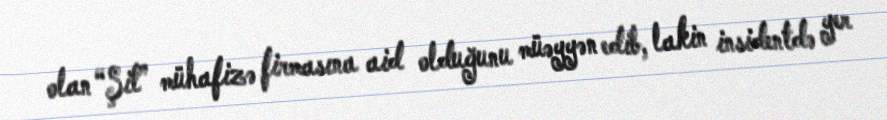
olan “Şit” mühafizə firmasına aid olduğunu müəyyən edib, lakin insidentdə yer